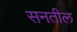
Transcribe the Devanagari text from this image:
सनतील